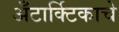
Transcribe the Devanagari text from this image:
अँटार्क्टिकाचे